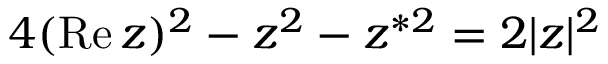
4 ( \mathrm { R e } \, z ) ^ { 2 } - z ^ { 2 } - z ^ { * 2 } = 2 | z | ^ { 2 }